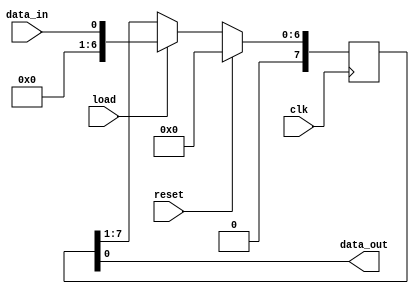
module ShiftRegister (
    input wire clk,
    input wire load,
    input wire reset,
    input wire data_in,
    output reg data_out
);

parameter SHIFT_DIRECTION = 1; // 1 for right shift, 0 for left shift
parameter NUM_BITS = 8; // Number of bits in the shift register

reg [NUM_BITS-1:0] shift_reg;

always @(posedge clk) begin
    if (reset) begin
        shift_reg <= 0;
    end else if (load) begin
        shift_reg <= data_in;
    end else begin
        if (SHIFT_DIRECTION) begin // Right shift
            shift_reg <= {1'b0, shift_reg[NUM_BITS-1:1]};
        end else begin // Left shift
            shift_reg <= {shift_reg[NUM_BITS-2:0], 1'b0};
        end
    end
end

assign data_out = shift_reg[0];

endmodule